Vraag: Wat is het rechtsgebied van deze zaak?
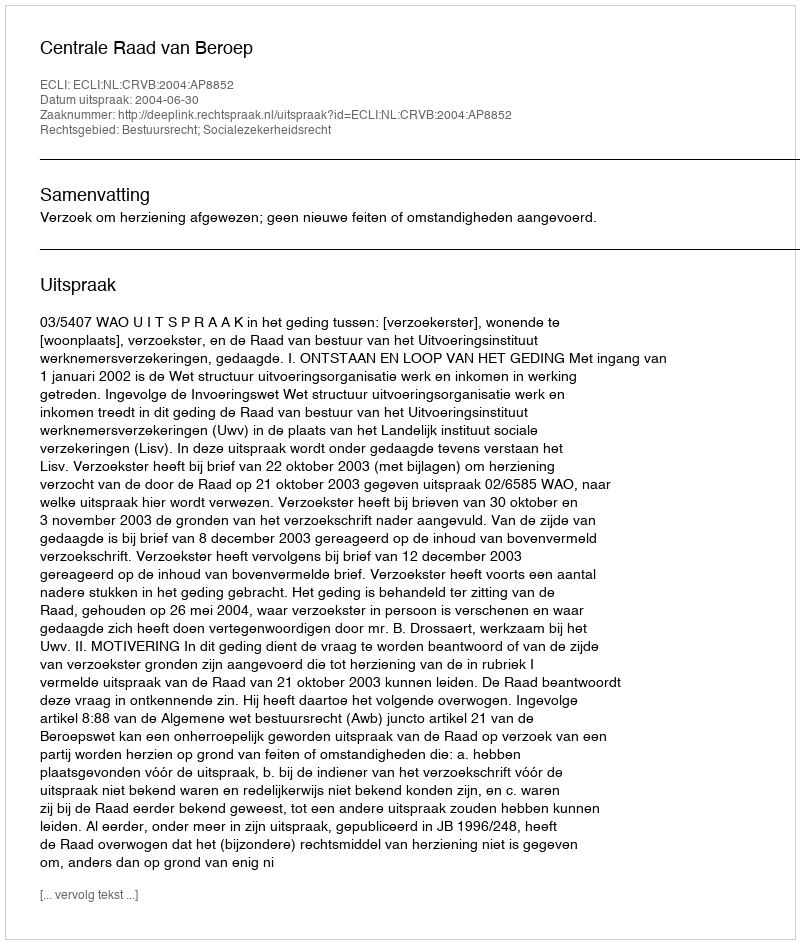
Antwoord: Bestuursrecht; Socialezekerheidsrecht